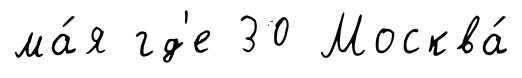
ма́я гд'е 30 Москва́